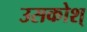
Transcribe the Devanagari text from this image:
उसकोश्